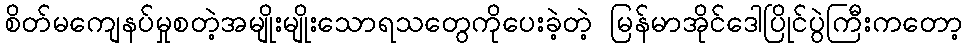
စိတ်မကျေနပ်မှုစတဲ့အမျိုးမျိုးသောရသတွေကိုပေးခဲ့တဲ့ မြန်မာအိုင်ဒေါပြိုင်ပွဲကြီးကတော့